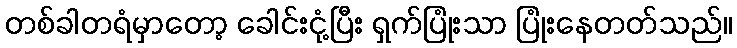
တစ်ခါတရံမှာတော့ ခေါင်းငုံ့ပြီး ရှက်ပြုံးသာ ပြုံးနေတတ်သည်။